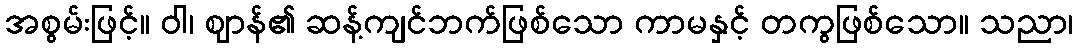
အစွမ်းဖြင့်။ ဝါ၊ ဈာန်၏ ဆန့်ကျင်ဘက်ဖြစ်သော ကာမနှင့် တကွဖြစ်သော။ သညာ၊